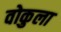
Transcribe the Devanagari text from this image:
वोकुला